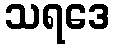
သရဒေ